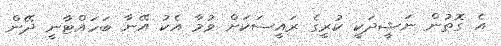
އެ ގޮތުން ނަޝީދަކީ ކުރީގެ ރައީސަކަށް ވުމާ އެކު އޭނާ ބަހައްޓާނީ ދޭން